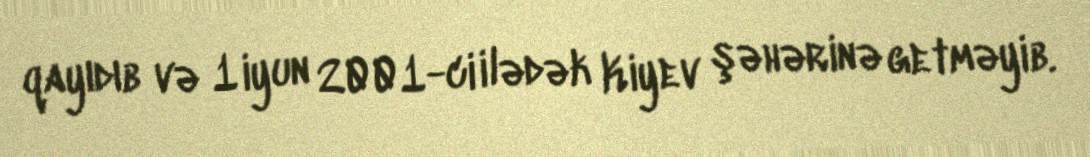
qayıdıb və 1 iyun 2001-ci ilədək Kiyev şəhərinə getməyib.